Report of the Bombay Plague Committee
Disease focus: Plague
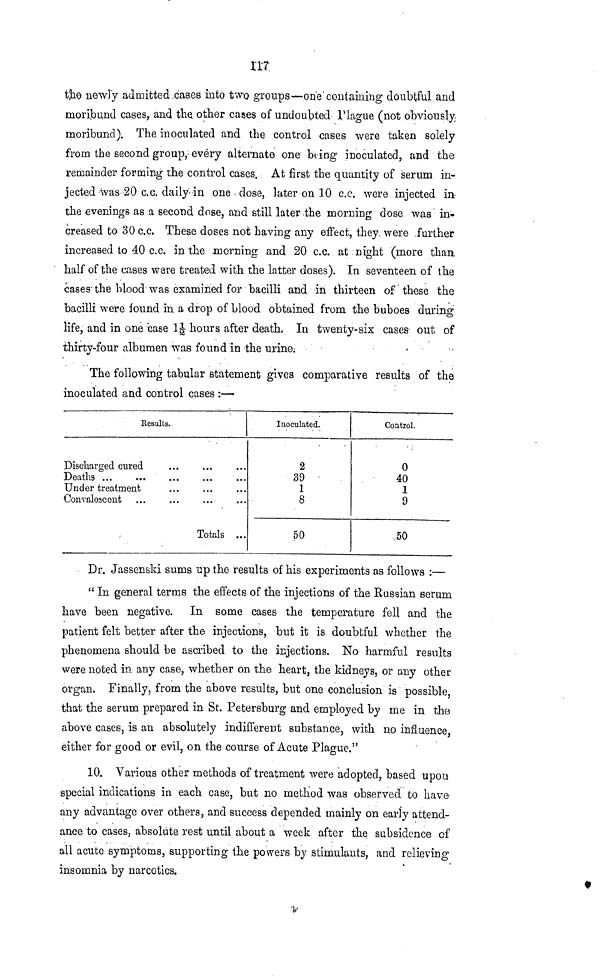
117
the newly admitted cases into two groups—one containing doubtful and
moribund cases, and the other cases of undoubted Plague (not obviously,
moribund). The inoculated and the control cases were taken solely
from the second group, every alternate one being inoculated, and the
remainder forming the control cases. At first the quantity of serum in-
jected-was 20 c.c. daily in one dose, later on 10 c.c. were injected in-
the evenings as a second dose, and still later the morning dose was in-
creased to 30 c.c. These doses not having any effect, they were further
increased to 40 c.c. in the morning and 20 c.c. at night (more than
half of the cases were treated with the latter doses). In seventeen of the
cases the blood was examined for bacilli and in thirteen of these the
bacilli were found in a drop of blood obtained from the buboes during
life, and in one base 11/2 hours after death. In twenty-six cases out of
thirty-four albumen was found in the urine;
The following tabular statement gives comparative results of the
inoculated and control cases :—
Results.
Discharged cured
Deaths ...
Under treatment
Convalescent
Totals ...
Inoculated.
2
39
1
8
50
Control.
0
40
1
9
.50
Dr. Jassenski sums up the results of his experiments as follows :—
" In general terms the effects of the injections of the Russian serum
have been negative. In some cases the temperature fell and the
patient felt better after the injections, but it is doubtful whether the
phenomena should be ascribed to the injections. No harmful results
were noted in any case, whether on the heart, the kidneys, or any other
organ. Finally, from the above results, but one conclusion is possible,
that the serum prepared in St. Petersburg and employed by me in the
above cases, is an absolutely indifferent substance, with no influence,
either for good or evil, on the course of Acute Plague."
10. Various other methods of treatment were adopted, based upon
special indications in each case, but no method was observed to have
any advantage over others, and success depended mainly on early attend-
ance to cases, absolute rest until about a week after the, subsidence of
all acute symptoms, supporting the powers by stimulants, and relieving
insomnia by narcotics.